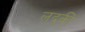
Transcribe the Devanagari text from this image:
लद्की